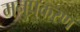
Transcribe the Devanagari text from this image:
मनुप्रकरण